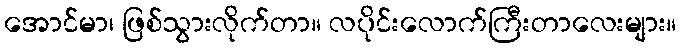
အောင်မာ၊ ဖြစ်သွားလိုက်တာ။ လပိုင်းလောက်ကြီးတာလေးများ။